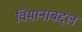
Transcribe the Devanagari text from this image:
विमानाबद्दल